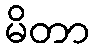
မိတာ